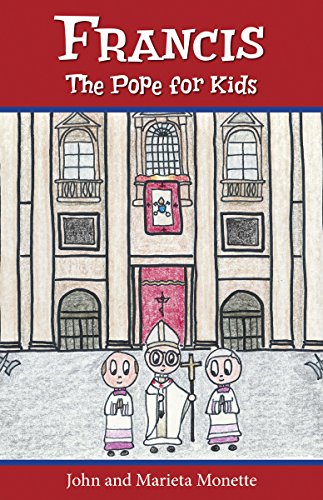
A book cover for Francis, the Pope for Kids; John Monette; Christian Books & Bibles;